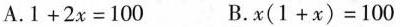
A.$$1 + 2 x = 1 0 0$$ B.$$x ( 1 + x ) = 1 0 0$$